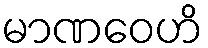
မာဏဝေဟိ